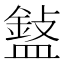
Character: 𥂲